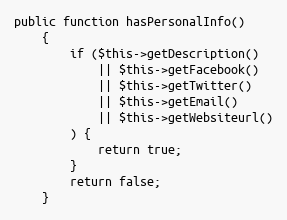
Language: PHP
public function hasPersonalInfo()
    {
        if ($this->getDescription()
            || $this->getFacebook()
            || $this->getTwitter()
            || $this->getEmail()
            || $this->getWebsiteurl()
        ) {
            return true;
        }
        return false;
    }